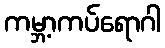
ကမ္ဘာ့ကပ်ရောဂါ